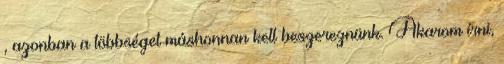
, azonban a többséget máshonnan kell beszereznünk. Akarom írni,